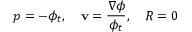
p = - \phi _ { t } , \quad \mathbf { v } = \frac { \nabla \phi } { \phi _ { t } } , \quad R = 0